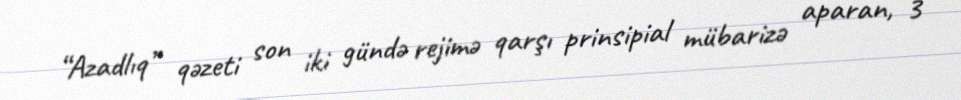
“Azadlıq” qəzeti son iki gündə rejimə qarşı prinsipial mübarizə aparan, 3